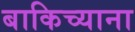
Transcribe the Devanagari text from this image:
बाकिच्याना